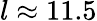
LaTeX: l\approx 11.5